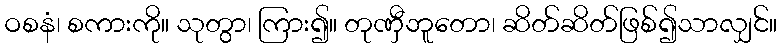
ဝစနံ၊ စကားကို။ သုတွာ၊ ကြား၍။ တုဏှီဘူတော၊ ဆိတ်ဆိတ်ဖြစ်၍သာလျှင်။